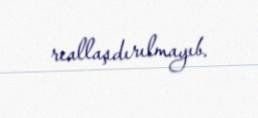
reallaşdırılmayıb.